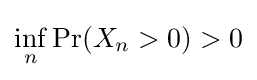
\inf _{n}\Pr(X_{n}>0)>0